system: You are a helpful assistant.
user:
Analyze the provided spectrum to determine if it is a **"Cataclysmic Variables (CV)"**.

- **Key Indicators for CV (Check for either state):**
    - **State 1: Quiescent / Low-State (Emission-Dominated)**
        - **(Primary):** Strong and *very broad* Hydrogen Balmer emission lines (e.g., $H\alpha$ at 6563 Å, $H\beta$ at 4861 Å). The 'broadness' (high velocity dispersion, often FWHM > 1000 km/s) is the key diagnostic, indicating a high-velocity accretion disk.
        - **(Secondary):** Broad neutral Helium (He I) emission lines (e.g., 5876 Å, 6678 Å).
        - **(Key Confirmation):** Presence of high-excitation *ionized* Helium (He II) emission at 4686 Å. This is a strong indicator of accretion onto a white dwarf.
        - **(Line Profile):** Emission lines may exhibit a 'double-peaked' profile, which is a classic signature of a rotating accretion disk viewed at high inclination.

    - **State 2: Outburst / High-State (Absorption-Dominated)**
        - **(Primary):** Spectrum is dominated by a bright, blue continuum (looks like a hot star).
        - **(Secondary):** The emission lines from State 1 are weak, absent, or 'filled in', and are replaced by broad, shallow *absorption* lines (primarily Balmer and He I).
        - **(Morphology):** The overall spectrum mimics a hot B/A-type star. The crucial difference is that the absorption lines are significantly broader, shallower, and more 'washed-out' (or 'smeared') than the sharp lines of a normal stellar photosphere, due to high rotational speeds and pressure broadening in the disk.

Think first, call **spectral_visualization_tool** if needed to examine features in detail, then provide your final answer. Your response must adhere to the following strict rules:
1.  **Overall Structure:** Your response must follow the format `<think>...</think> <tool_call>...</tool_call> (if a tool is used) <answer>...</answer>`.
2.  **Tool Usage Constraint:** You may only make **one** tool call per turn.
3.  **Final Answer Format:** In the `<answer>` tag, your conclusion must be inside a `\boxed{}` command (e.g., `\boxed{YES}`), followed by your justification.

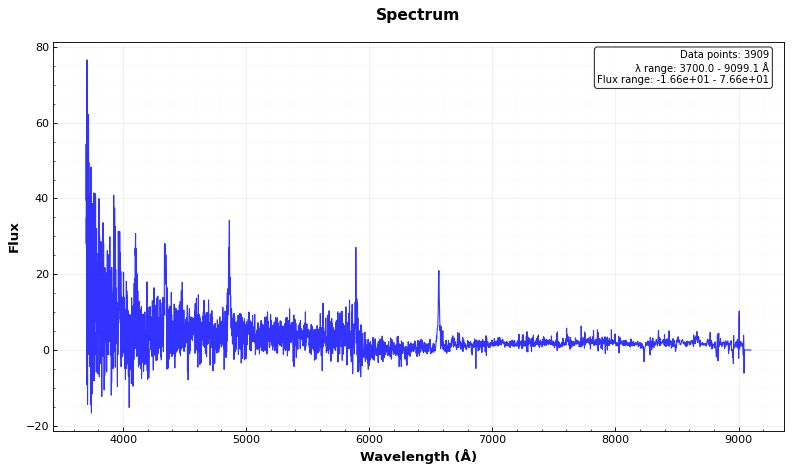
Answer: YES